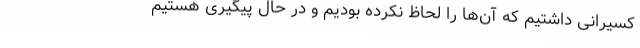
کسیرانی داشتیم که آن‌ها را لحاظ نکرده بودیم و در حال پیگیری هستیم